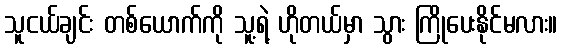
သူငယ်ချင်း တစ်ယောက်ကို သူ့ရဲ့ ဟိုတယ်မှာ သွား ကြိုပေးနိုင်မလား။